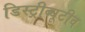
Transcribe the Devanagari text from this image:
डिस्ट्रीब्यूटीव